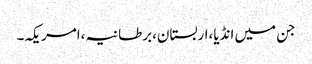
جن میں انڈیا،اربستان،برطانیہ،امریکہ۔